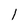
Character: 1